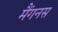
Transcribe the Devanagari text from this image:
मैंगनस